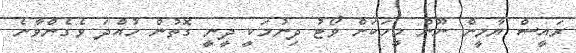
ރައީސް ޔާމީން ނޫން މީހަކަށް ވޯޓު ދިނުމަކީ ދީނީ ގޮތުން ހުއްދަ ވެގެންވާނެ